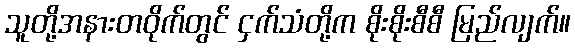
သူတို့အနားတဝိုက်တွင် ငှက်သံတို့က စိုးစိုးစီစီ မြည်လျက်။